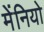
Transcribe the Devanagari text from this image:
मेंनियो